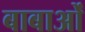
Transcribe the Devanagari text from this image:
बाबाओं